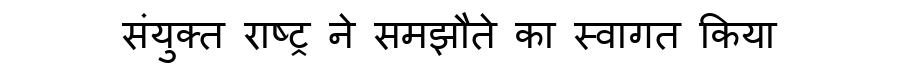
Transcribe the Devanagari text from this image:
संयुक्त राष्ट्र ने समझौते का स्वागत किया